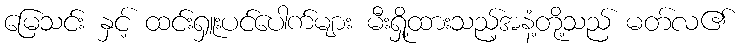
မြေသင်း နှင့် ထင်းရှူးပင်ပေါက်များ မီးရှို့ထားသည့်အနံ့တို့သည် မတ်လ၏